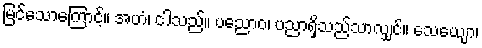
မြင်သောကြောင့်။ အဟံ၊ ငါသည်။ ပညောဝ၊ ပညာရှိသည်သာလျှင်။ သေယျော၊